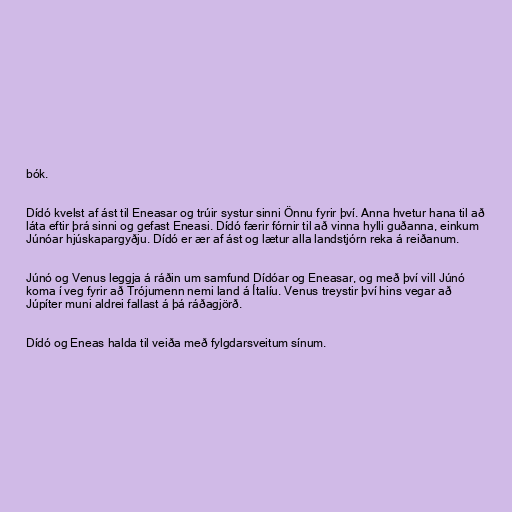
bók.

Dídó kvelst af ást til Eneasar og trúir systur sinni Önnu fyrir því. Anna hvetur hana til að
láta eftir þrá sinni og gefast Eneasi. Dídó færir fórnir til að vinna hylli guðanna, einkum
Júnóar hjúskapargyðju. Dídó er ær af ást og lætur alla landstjórn reka á reiðanum.

Júnó og Venus leggja á ráðin um samfund Dídóar og Eneasar, og með því vill Júnó
koma í veg fyrir að Trójumenn nemi land á Ítalíu. Venus treystir því hins vegar að
Júpíter muni aldrei fallast á þá ráðagjörð.

Dídó og Eneas halda til veiða með fylgdarsveitum sínum.